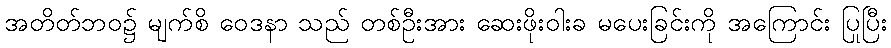
အတိတ်ဘဝ၌ မျက်စိ ဝေဒနာ သည် တစ်ဦးအား ဆေးဖိုးဝါးခ မပေးခြင်းကို အကြောင်း ပြုပြီး